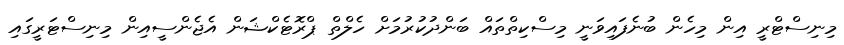
މިނިސްޓްރީ އިން މިހެން ބުނެފައިވަނީ މިސްކިތްތައް ބަންދުކުރުމަށް ހެލްތް ޕްރޮޓެކްޝަން އެެޖެންސީއިން މިނިސްޓަރީގައި